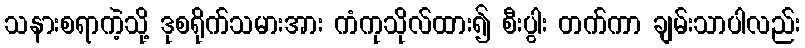
သနားစရာကဲ့သို့ ဒုစရိုက်သမားအား ကံကုသိုလ်ထား၍ စီးပွါး တက်ကာ ချမ်းသာပါလည်း